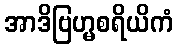
အာဒိဗြဟ္မစရိယိကံ